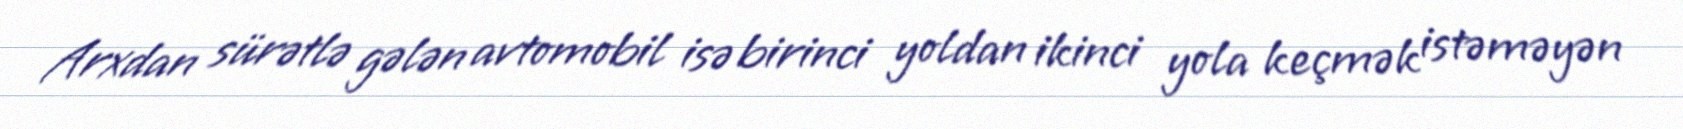
Arxdan sürətlə gələn avtomobil isə birinci yoldan ikinci yola keçmək istəməyən